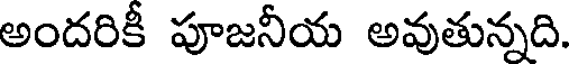
అందరికీ పూజనీయ అవుతున్నది.